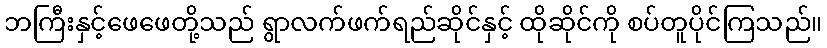
ဘကြီးနှင့်ဖေဖေတို့သည် ရွာလက်ဖက်ရည်ဆိုင်နှင့် ထိုဆိုင်ကို စပ်တူပိုင်ကြသည်။